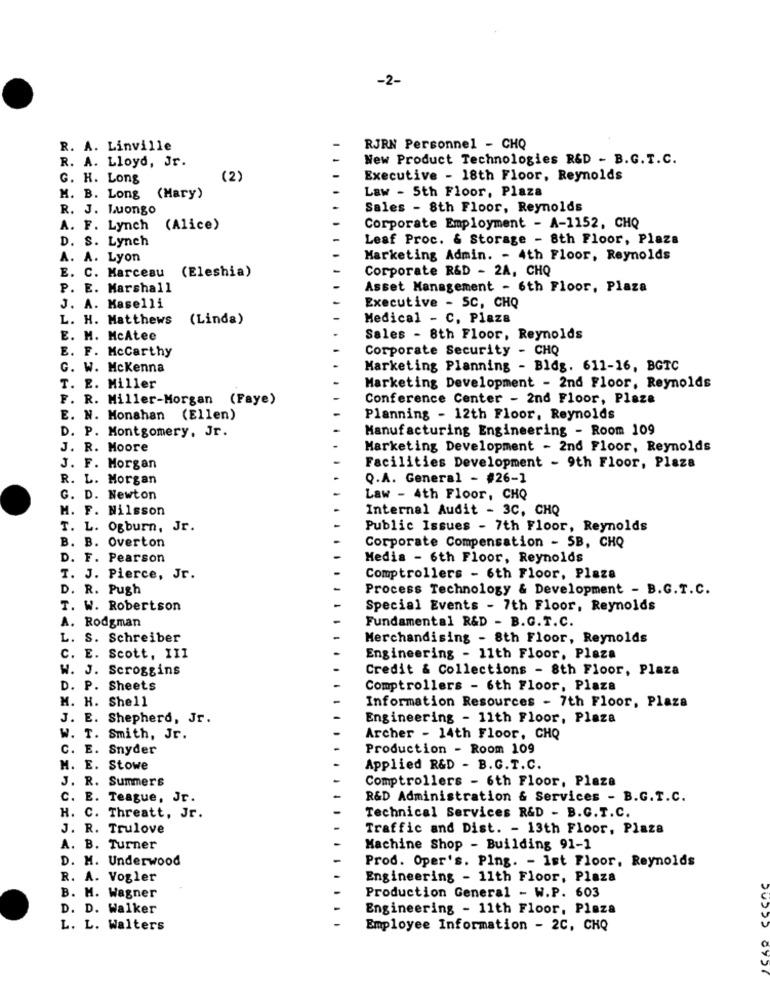
-2-
R. A. Linville
RJRN Personnel - CHQ
R. A. Lloyd, Jr.
New Product Technologies R&D - B.G. T.C.
G. H. Long
(2)
Executive - 18th Floor, Reynolds
Law - 5th Floor, Plaza
M. B. Long (Mary)
R. J. Luongo
Sales - 8th Floor, Reynolds
A. F. Lynch
(Alice)
Corporate Employment - A-1152, CHQ
D. S. Lynch
Leaf Proc. & Storage - 8th Floor, Plaza
A. A. Lyon
Marketing Admin. - 4th Floor, Reynolds
E. C. Marceau (Eleshia)
Corporate R&D - 2A, CHQ
P. E. Marshall
Asset Management - 6th Floor, Plaza
J. A. Maselli
Executive - SC, CHQ
L. H. Matthews
(Linda)
Medical - C. Plaza
E. M. McAtee
Sales - 8th Floor, Reynolds
E. F. Mccarthy
Corporate Security - CHQ
G. W. Mckenna
Marketing Planning - Bldg. 611-16, BGTC
T. E. Miller
Marketing Development - 2nd Floor, Reynolds
F. R. Miller-Morgan (Faye)
Conference Center - 2nd Floor, Plaza
E. N. Monahan (Ellen)
Planning - 12th Floor, Reynolds
D. P. Montgomery, Jr.
Manufacturing Engineering - Room 109
J. R. Moore
Marketing Development - 2nd Floor, Reynolds
J. F. Morgan
Facilities Development - 9th Floor, Plaza
R. L. Morgan
Q.A. General - #26-1
G. D. Newton
Law - 4th Floor, CHQ
M. F. Nilsson
Internal Audit - 3C, CHQ
T. L. Ogburn, Jr.
Public Issues - 7th Floor, Reynolds
B. B. Overton
Corporate Compensation - SB, CHQ
D. F. Pearson
Media - 6th Floor, Reynolds
T. J. Pierce, Jr.
Comptrollers - 6th Floor, Plaza
D. R. Pugh
Process Technology & Development - B.G.T.C.
T. W. Robertson
Special Events - 7th Floor, Reynolds
A. Rodgman
Fundamental R&D - B.G.T.C.
L. S. Schreiber
Merchandising - 8th Floor, Reynolds
C. E. Scott, III
Engineering - 11th Floor, Plaza
W. J. Scroggins
Credit & Collections - 8th Floor, Plaza
D. P. Sheets
Comptrollers - 6th Floor, Plaza
M. H. Shell
Information Resources - 7th Floor, Plaza
J. E. Shepherd, Jr.
Engineering - 11th Floor, Plaza
W. T. Smith, Jr.
Archer - 14th Floor, CHQ
C. E. Snyder
Production - Room 109
M. E. Stowe
Applied R&D - B. G. T.C.
J. R. Summers
Comptrollers - 6th Floor, Plaza
C. E. Teague, Jr.
R&D Administration & Services - B.G.T.C.
H. C. Threatt, Jr.
Technical Services R&D - B.G.T.C.
J. R. Trulove
Traffic and Dist. - 13th Floor, Plaza
A. B. Turner
Machine Shop - Building 91-1
D. M. Underwood
Prod. Oper's. Ping. - 1st Floor, Reynolds
R. A. Vogler
Engineering - 11th Floor, Plaza
B. H. Wagner
Production General - W.P. 603
D. D. Walker
Engineering - 11th Floor, Plaza
L. L. Walters
Employee Information - 2C, CHQ